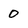
Character: 0